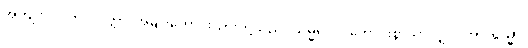
အကျိုးငှာ။ ကုလပုတ္တာ၊ အမျိုးကောင်းသားတို့သည်။ သမ္မဒေဝ၊ ကောင်းစွာသာလျှင်။ အဂါရသ္မာ၊